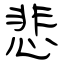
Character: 悲